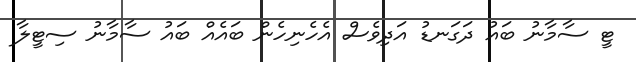
ޓީ ސާމާނު ބައު ދަގަނޑު އަދިވެސް އެހެނިހެން ބައެއް ބައު ސާމާނު ސިޓީލާ